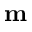
\textbf { m }